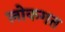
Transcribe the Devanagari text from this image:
लोकगत